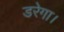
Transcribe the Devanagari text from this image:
डरेगा।